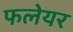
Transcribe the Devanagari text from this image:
फलेयर